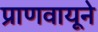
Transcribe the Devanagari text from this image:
प्राणवायूने